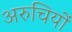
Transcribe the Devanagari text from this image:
अरुचियों